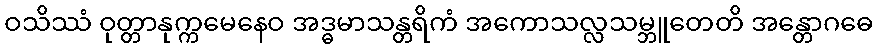
ဝသိဿံ ဝုတ္တာနုက္ကမေနေဝ အဒ္ဓမာသန္တရိကံ အကောသလ္လသမ္ဘူတေတိ အန္တောဂဓေ